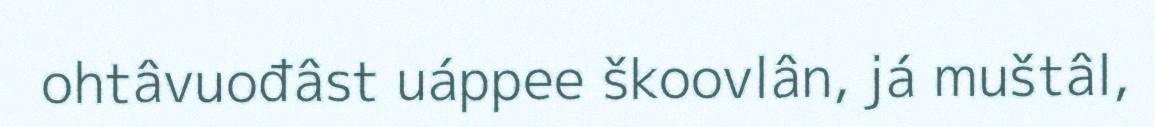
ohtâvuođâst uáppee škoovlân, já muštâl,